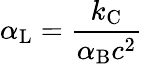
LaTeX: \alpha_{\mathrm{{L}}}={\frac{k_{\mathrm{{C}}}}{\alpha_{\mathrm{{B}}}c^{2}}}